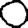
Digit: 0